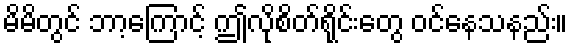
မိမိတွင် ဘာ့ကြောင့် ဤလိုစိတ်ရိုင်းတွေ ဝင်နေသနည်း။